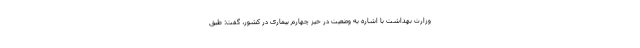
وزارت بهداشت با اشاره به وضعیت در خیز چهارم بیماری در کشور، گفت: طبق